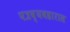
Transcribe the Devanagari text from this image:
पत्रव्यवहारास